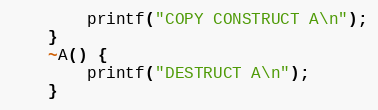
Language: C++
        printf("COPY CONSTRUCT A\n");
    }
    ~A() {
        printf("DESTRUCT A\n");
    }